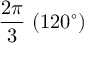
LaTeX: { \frac { 2 \pi } { 3 } } \ ( 1 2 0 ^ { \circ } )